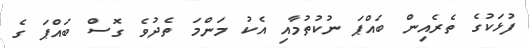
ފުޅަކުގެ ތެރެއިން ބައްޕަ ނުކުތުމާއި އެކު މަންމަ ތެދުވެ ގޮސް ބައްޕަ ގެ